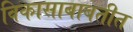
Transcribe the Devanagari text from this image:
विकासाबाबतीत